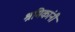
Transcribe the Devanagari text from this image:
श्रमिकांनी